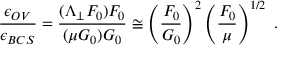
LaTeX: \frac { \epsilon _ { O V } } { \epsilon _ { B C S } } = \frac { ( \Lambda _ { \perp } F _ { 0 } ) F _ { 0 } } { ( \mu G _ { 0 } ) G _ { 0 } } \cong \left( \frac { F _ { 0 } } { G _ { 0 } } \right) ^ { 2 } \left( \frac { F _ { 0 } } { \mu } \right) ^ { 1 / 2 } \, \, .